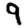
Digit: 9